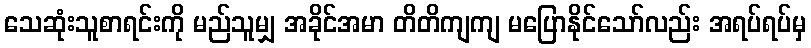
သေဆုံးသူစာရင်းကို မည်သူမျှ အခိုင်အမာ တိတိကျကျ မပြောနိုင်သော်လည်း အရပ်ရပ်မှ